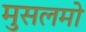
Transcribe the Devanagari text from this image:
मुसलमो